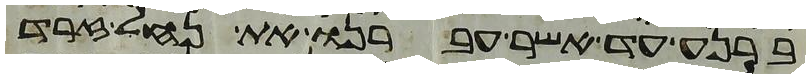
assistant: ברנע עד אשר עברנו את נחל זרד